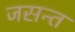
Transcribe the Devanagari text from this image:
जसन्त